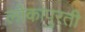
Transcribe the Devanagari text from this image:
लोकांपुरती